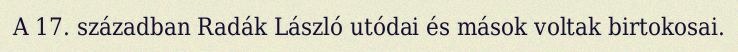
A 17. században Radák László utódai és mások voltak birtokosai.